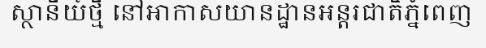
ស្ថានីយ៍ថ្មី នៅអាកាសយានដ្ឋានអន្តរជាតិភ្នំពេញ